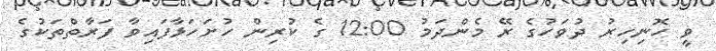
ވީ ހޮނިހިރު ދުވަހުގެ ރޭ މެންދަމު 12:00 ގެ ކުރިން ހުށަހަޅާފައިވާ ފަރާތްތަކުގެ